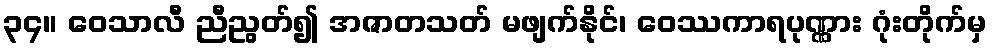
၃၄။ ဝေသာလီ ညီညွတ်၍ အဇာတသတ် မဖျက်နိုင်၊ ဝေဿကာရပုဏ္ဏား ဂုံးတိုက်မှ